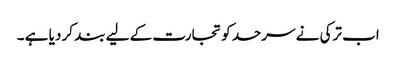
اب ترکی نے سرحد کو تجارت کے لیے بند کر دیا ہے ۔